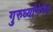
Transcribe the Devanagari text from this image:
गुरुर्ध्यानेनैव